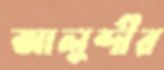
আলুব্দীর